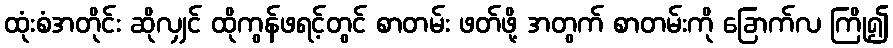
ထုံးစံအတိုင်း ဆိုလျှင် ထိုကွန်ဖရင့်တွင် စာတမ်း ဖတ်ဖို့ အတွက် စာတမ်းကို ခြောက်လ ကြို၍